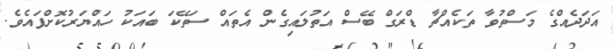
އަދަދެއްގެ މަސްތުވާ ތަކެއްޗާ ޑްރަގް ބޭސް އަތުލައިގެން އެތައް ސަތޭކަ ބައަކު ހައްޔަރުކޮށްފައެވެެ.